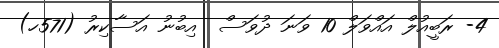
4- ރަބީއުލް އައްވަލް 10 ވަނަ ދުވަސް  އިބުނު އަސާކިރު (571ހ)